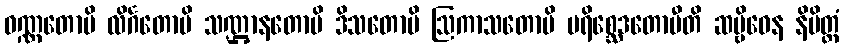
ဝဏ္ဏတောပိ လိင်္ဂတောပိ သဏ္ဌာနတောပိ ဒိသတောပိ ဩကာသတောပိ ပရိစ္ဆေဒတောပီတိ ဆဗ္ဗိဓေန နိမိတ္တံ